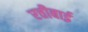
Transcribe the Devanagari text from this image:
रत्तीबाई